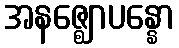
အနဇ္ဈောပန္နော